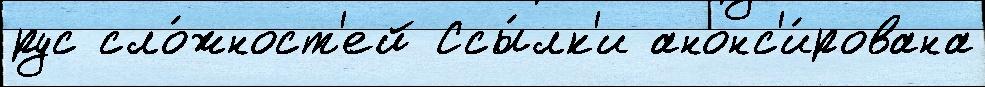
рус сло́жност'ей Ссы́лк'и анонс'и́рована